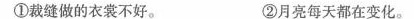
③裁缝没有按时做衣裳。 ④月亮不喜欢新衣裳。